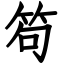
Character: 笱